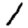
Digit: 1